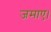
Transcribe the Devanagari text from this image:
जमाए।